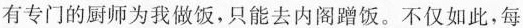
有专门的厨师为我做饭，只能去内阁蹭饭。不仅如此，每